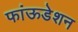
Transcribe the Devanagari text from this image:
फांऊडेशन